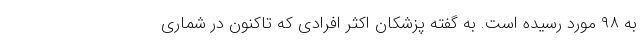
به ۹۸ مورد رسیده است. به گفته پزشکان اکثر افرادی که تاکنون در شماری